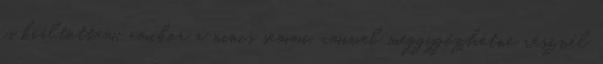
is kiáltottam, amikor a nincs semmi, amivel meggygőzhetne résznél